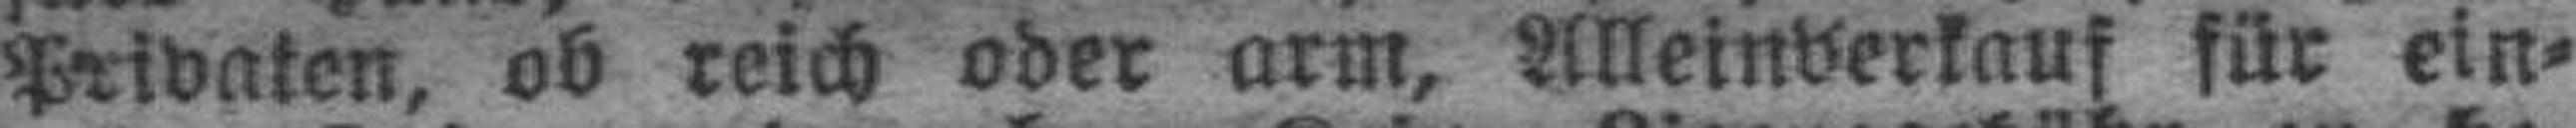
Privaten, ob reich oder arm, Alleinverkauf für ein¬